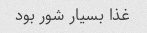
غذا بسیار شور بود